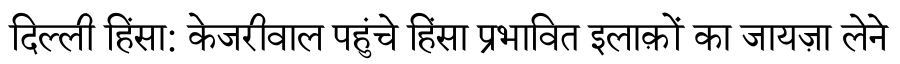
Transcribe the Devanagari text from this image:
दिल्ली हिंसा: केजरीवाल पहुंचे हिंसा प्रभावित इलाक़ों का जायज़ा लेने